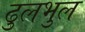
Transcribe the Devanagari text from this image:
ढुलभुल